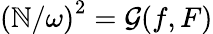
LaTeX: \left({\mathbb{N}}/{\omega}\right)^{2}=\mathcal{{G}}(f,F)